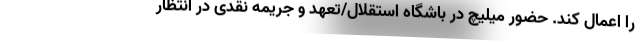
را اعمال کند. حضور میلیچ در باشگاه استقلال/تعهد و جریمه نقدی در انتظار